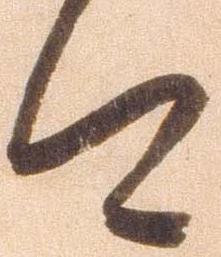
今